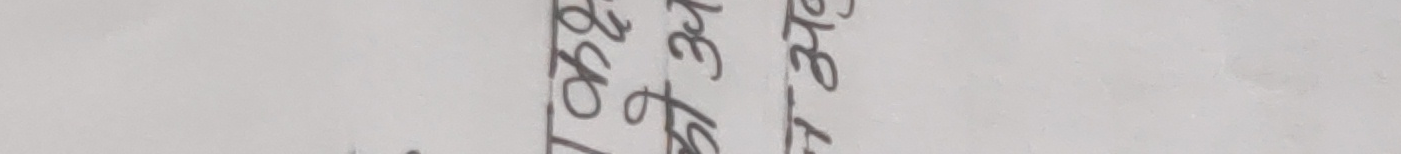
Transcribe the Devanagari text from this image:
शे इस टो